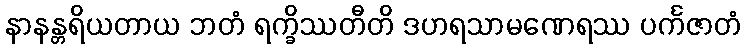
နာနန္တရိယတာယ ဘတံ ရက္ခိဿတီတိ ဒဟရသာမဏေရဿ ပင်္ကဇာတံ